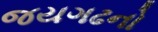
જયગઢનો